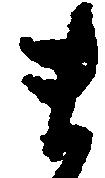
ま